65_HS1-834228961_62-HQ-83894_SUB_A
Agency: FBI
Page 108
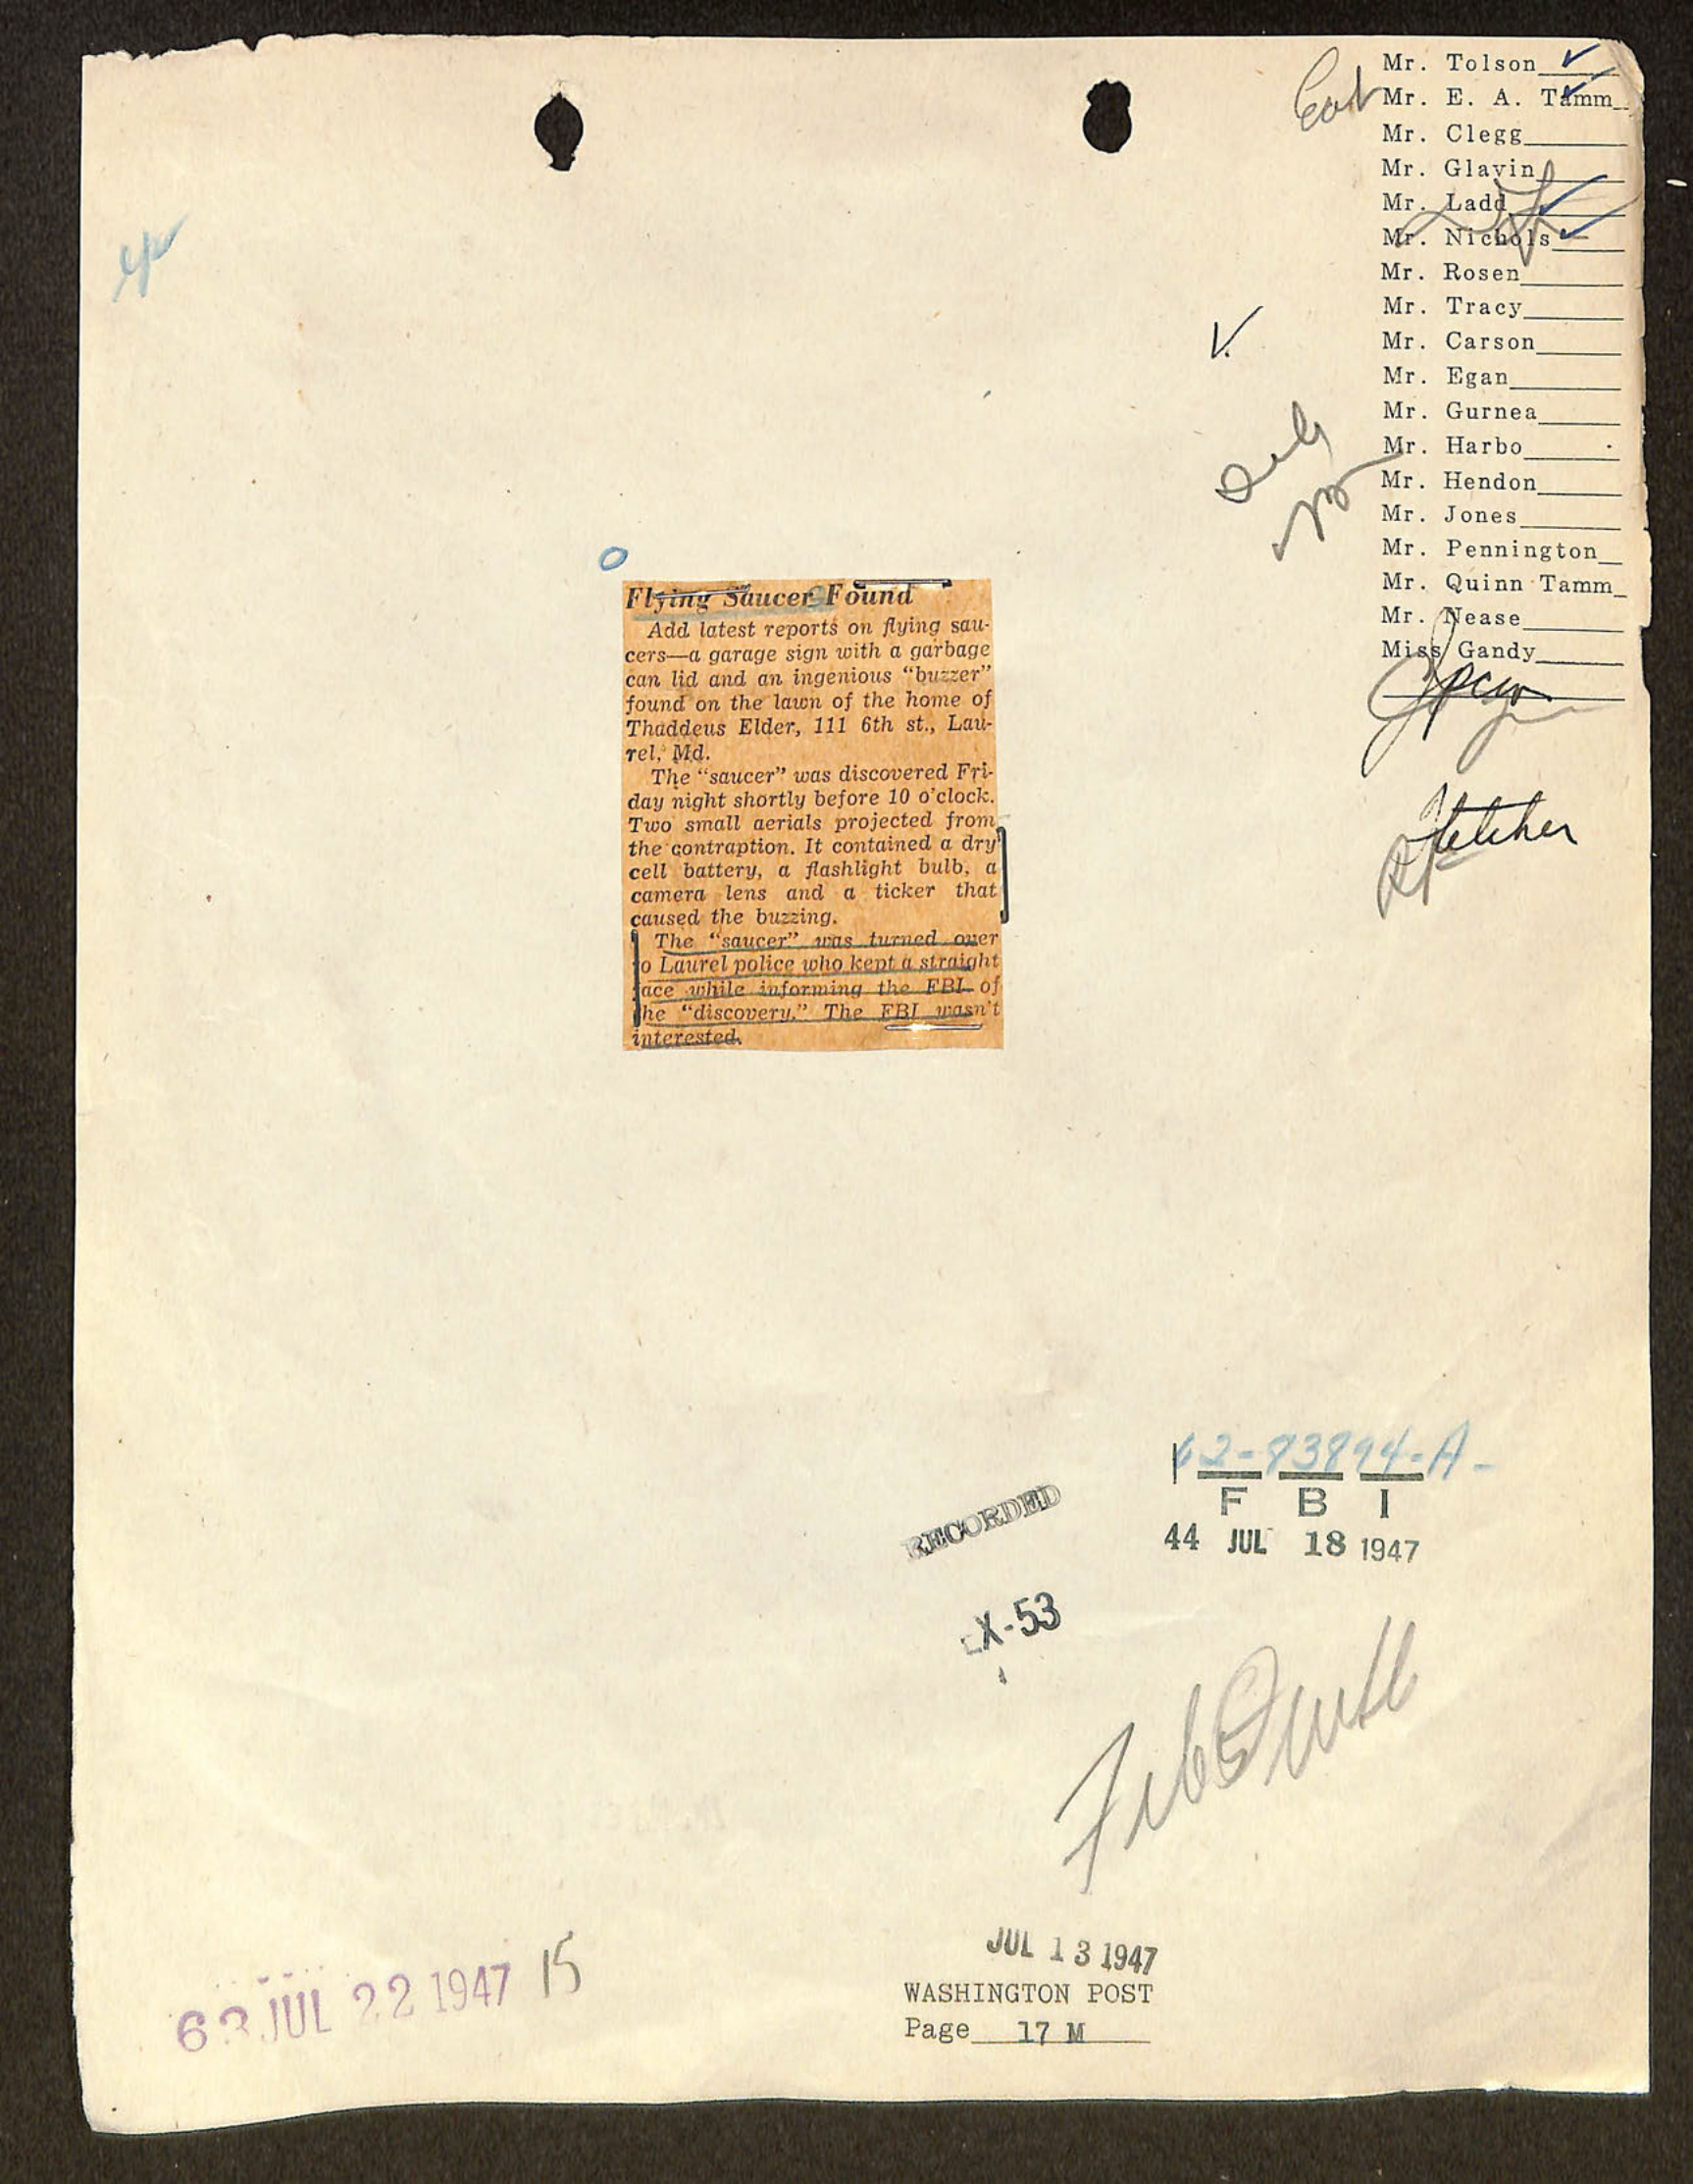